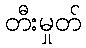
တီးမှုတ်